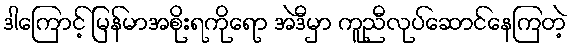
ဒါကြောင့် မြန်မာအစိုးရကိုရော အဲဒီမှာ ကူညီလုပ်ဆောင်နေကြတဲ့